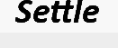
Settle